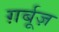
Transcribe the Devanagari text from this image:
ग़र्बूज़